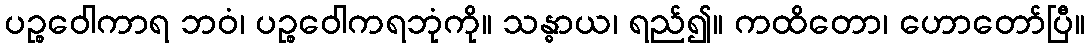
ပဉ္စဝေါကာရ ဘဝံ၊ ပဉ္စဝေါကရဘုံကို။ သန္ဓာယ၊ ရည်၍။ ကထိတော၊ ဟောတော်ပြီ။